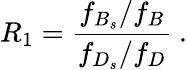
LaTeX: R_{1}={\frac{f_{B_{s}}/f_{B}}{f_{D_{s}}/f_{D}}}\ .